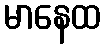
မာနေထ